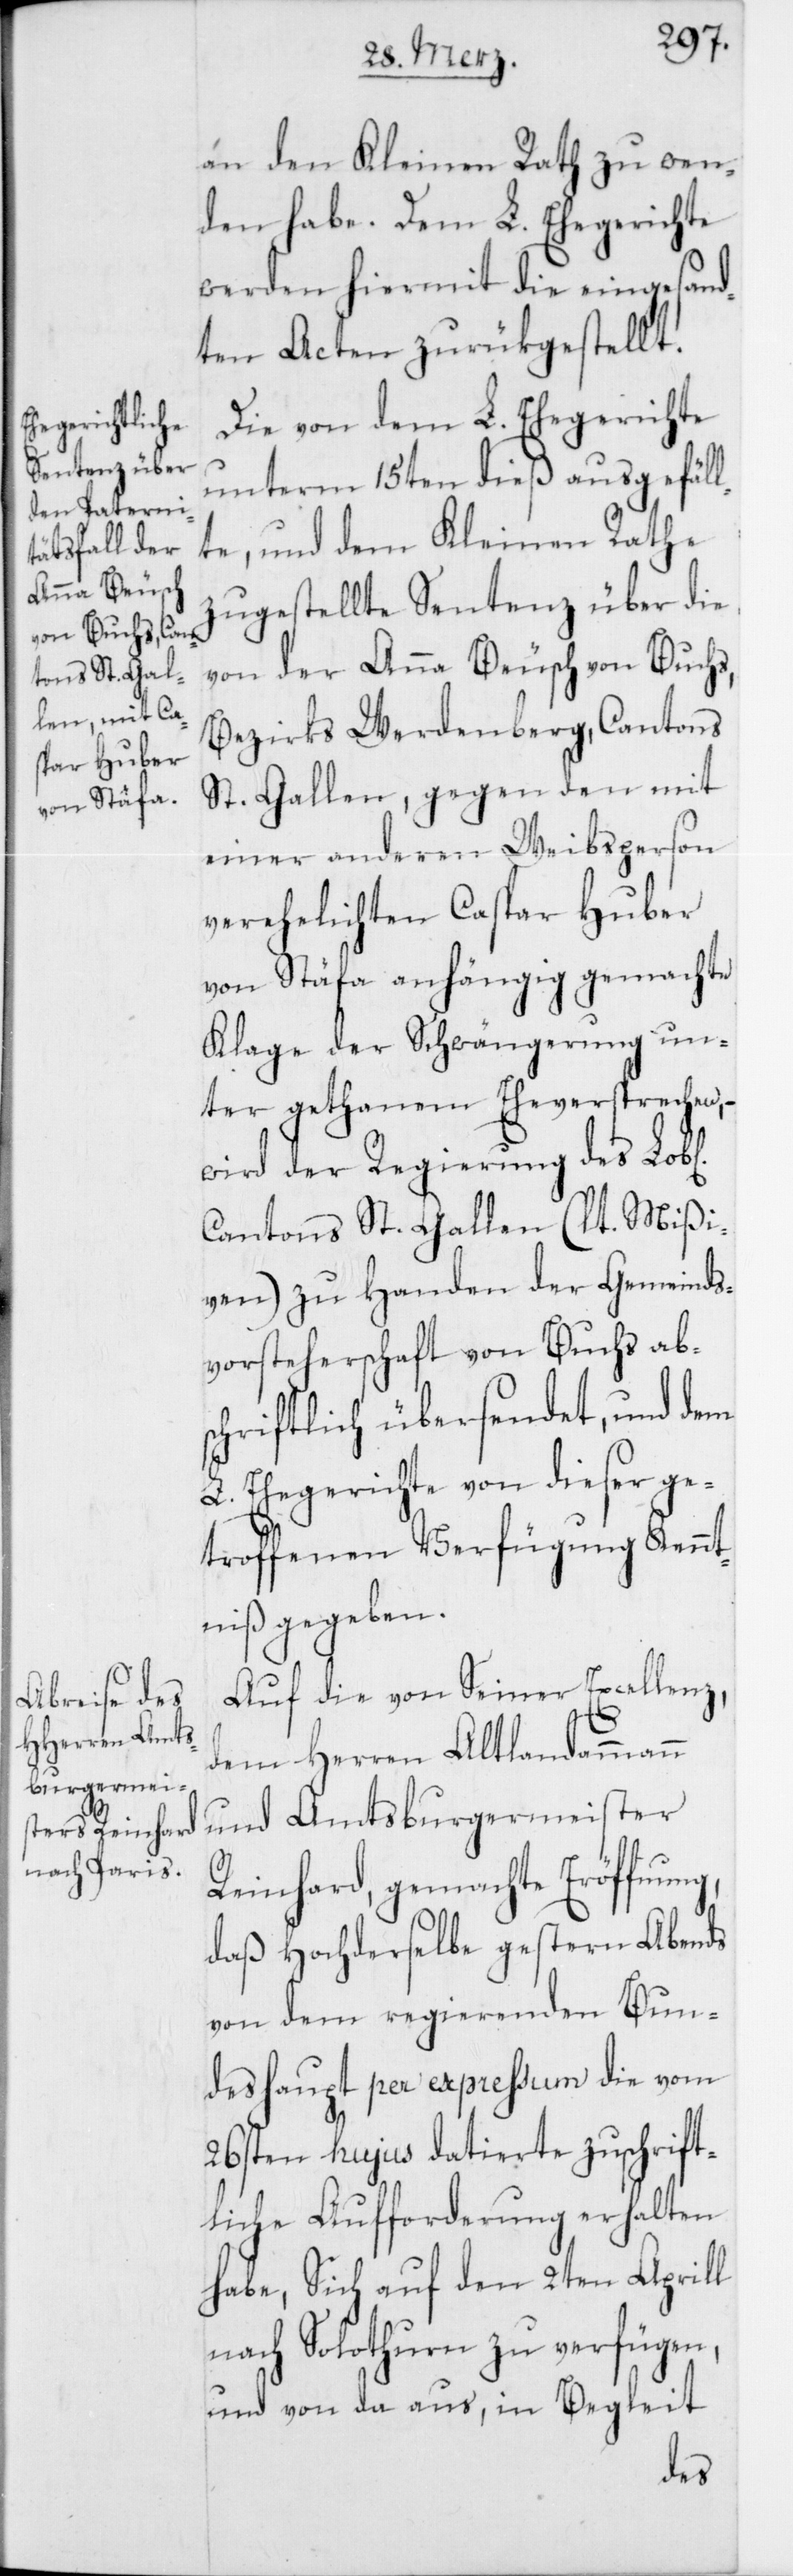
ichen]

an den Kleinen Rath zu wen¬
den habe. Dem L. Ehegerichte
werden hiermit die eingesand¬
ten Acten zurükgestellt.
Die von dem L. Ehegerichte
unterm 15ten dieß ausgefäll¬
te, und dem Kleinen Rathe
zugestellte Sentenz über die
von der Anna Beusch von Buchs,
Bezirks Werdenberg, Cantons
St. Gallen, gegen den mit
einer anderen Weibsperson
verehelichten Caspar Huber
von Stäfa anhängig gemachte
Klage der Schwängerung un¬
ter gethanen Eheversprechen, –
wird der Regierung des Lob[l¬
Cantons St. Gallen (lt. Mißi¬
ven) zu Handen der Gemeinds¬
vorsteherschaft von Buchs abs¬
chriftlich übersendet, und dem
L. Ehegerichte von dieser ge¬
troffenen Verfügung Kennt¬
niß gegeben.
Auf die von Seiner Excellenz,
dem Herren Altlandammann
und Amtsburgermeister
Reinhard, gemachte Eröffnung,
daß Hochderselbe gestern Abends
von dem regierenden Bun¬
deshaupt per expreßum die vom
26sten hujus datierte zuschrift¬
liche Aufforderung erhalten
habe, Sich auf den 2ten Aprill
nach Solothurn zu verfügen,
und von da aus, in Begleit